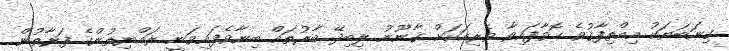
ގިނަބަޔަކު އިއްތިފާޤުވެ ހޮވާފައިވާ ވެރިއަކަށް ޤާނޫނު ލިބިދޭ ބާރުތައް ބިނާވެފައިވަނީ ރައްޔިތުންގެ ފަރާތުން